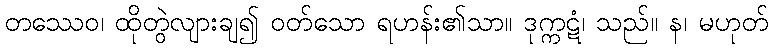
တဿေဝ၊ ထိုတွဲလျားချ၍ ဝတ်သော ရဟန်း၏သာ။ ဒုက္ကဋံ၊ သည်။ န၊ မဟုတ်